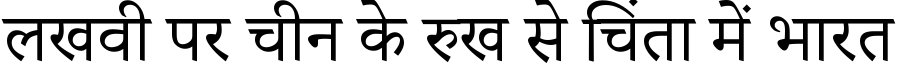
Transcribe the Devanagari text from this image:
लखवी पर चीन के रुख से चिंता में भारत